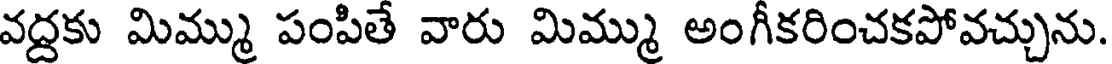
వద్దకు మిమ్ము పంపితే వారు మిమ్ము అంగీకరించకపోవచ్చును.